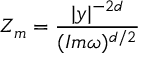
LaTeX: Z _ { m } = \frac { | y | ^ { - 2 d } } { ( I m \omega ) ^ { d / 2 } }